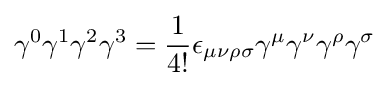
\gamma ^{0}\gamma ^{1}\gamma ^{2}\gamma ^{3}={\frac {1}{4!}}\epsilon _{\mu \nu \rho \sigma }\gamma ^{\mu }\gamma ^{\nu }\gamma ^{\rho }\gamma ^{\sigma }